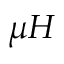
\mu H